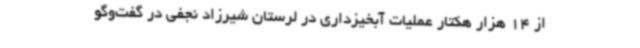
از 14 هزار هکتار عملیات آبخیزداری در لرستان شیرزاد نجفی در گفت‌وگو